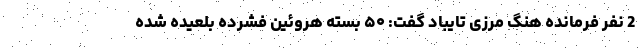
2 نفر فرمانده هنگ مرزی تایباد گفت: ۵۰ بسته هروئین فشرده بلعیده شده